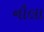
નૌલા